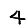
Digit: 4